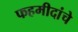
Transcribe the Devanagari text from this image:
फहमीदांचे